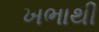
ખભાથી